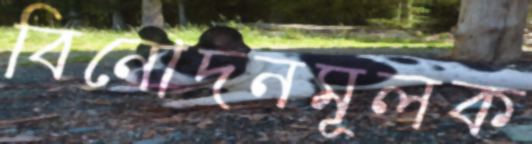
বিনোদনমূলক